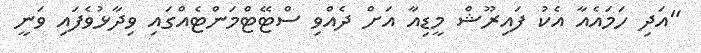
"އަދި ހަމައެއާ އެކު ފައިރޫޝް މީޑިއާ އަށް ދެއްވި ސްޓޭޓްމަންޓެއްގައި ވިދާޅުވެފައި ވަނީ